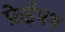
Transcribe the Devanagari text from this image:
फ्रेईमथ